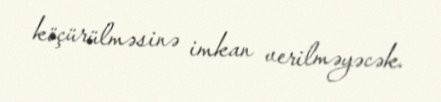
köçürülməsinə imkan verilməyəcək.